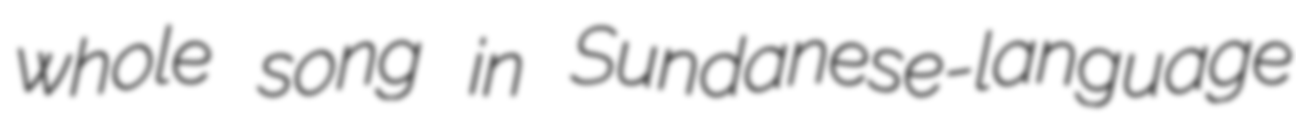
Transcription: whole song in Sundanese-language